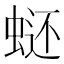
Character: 𰲿